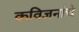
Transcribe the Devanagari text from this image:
कविजनांचे